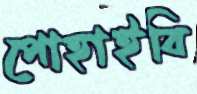
পোহাইবি